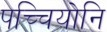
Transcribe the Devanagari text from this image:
पच्चियोनि